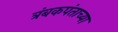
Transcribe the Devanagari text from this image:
त्रंबकपंताच्या